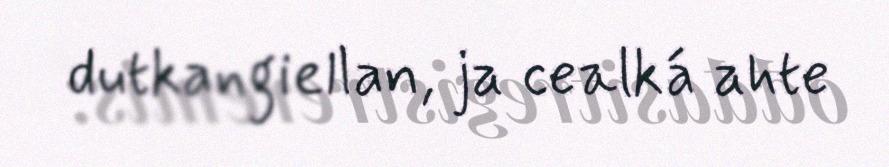
dutkangiellan, ja cealká ahte